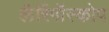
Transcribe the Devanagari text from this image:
लैरिंगॉस्कोप